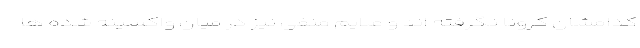
کدامشان کرونا نگرفته اند و علایم منفی نیز در میان واکسینه شده ها